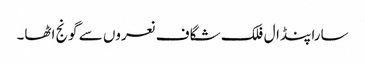
سارا پنڈال فلک شگاف نعروں سے گونج اٹھا۔